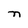
Character: n